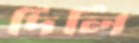
দিলি